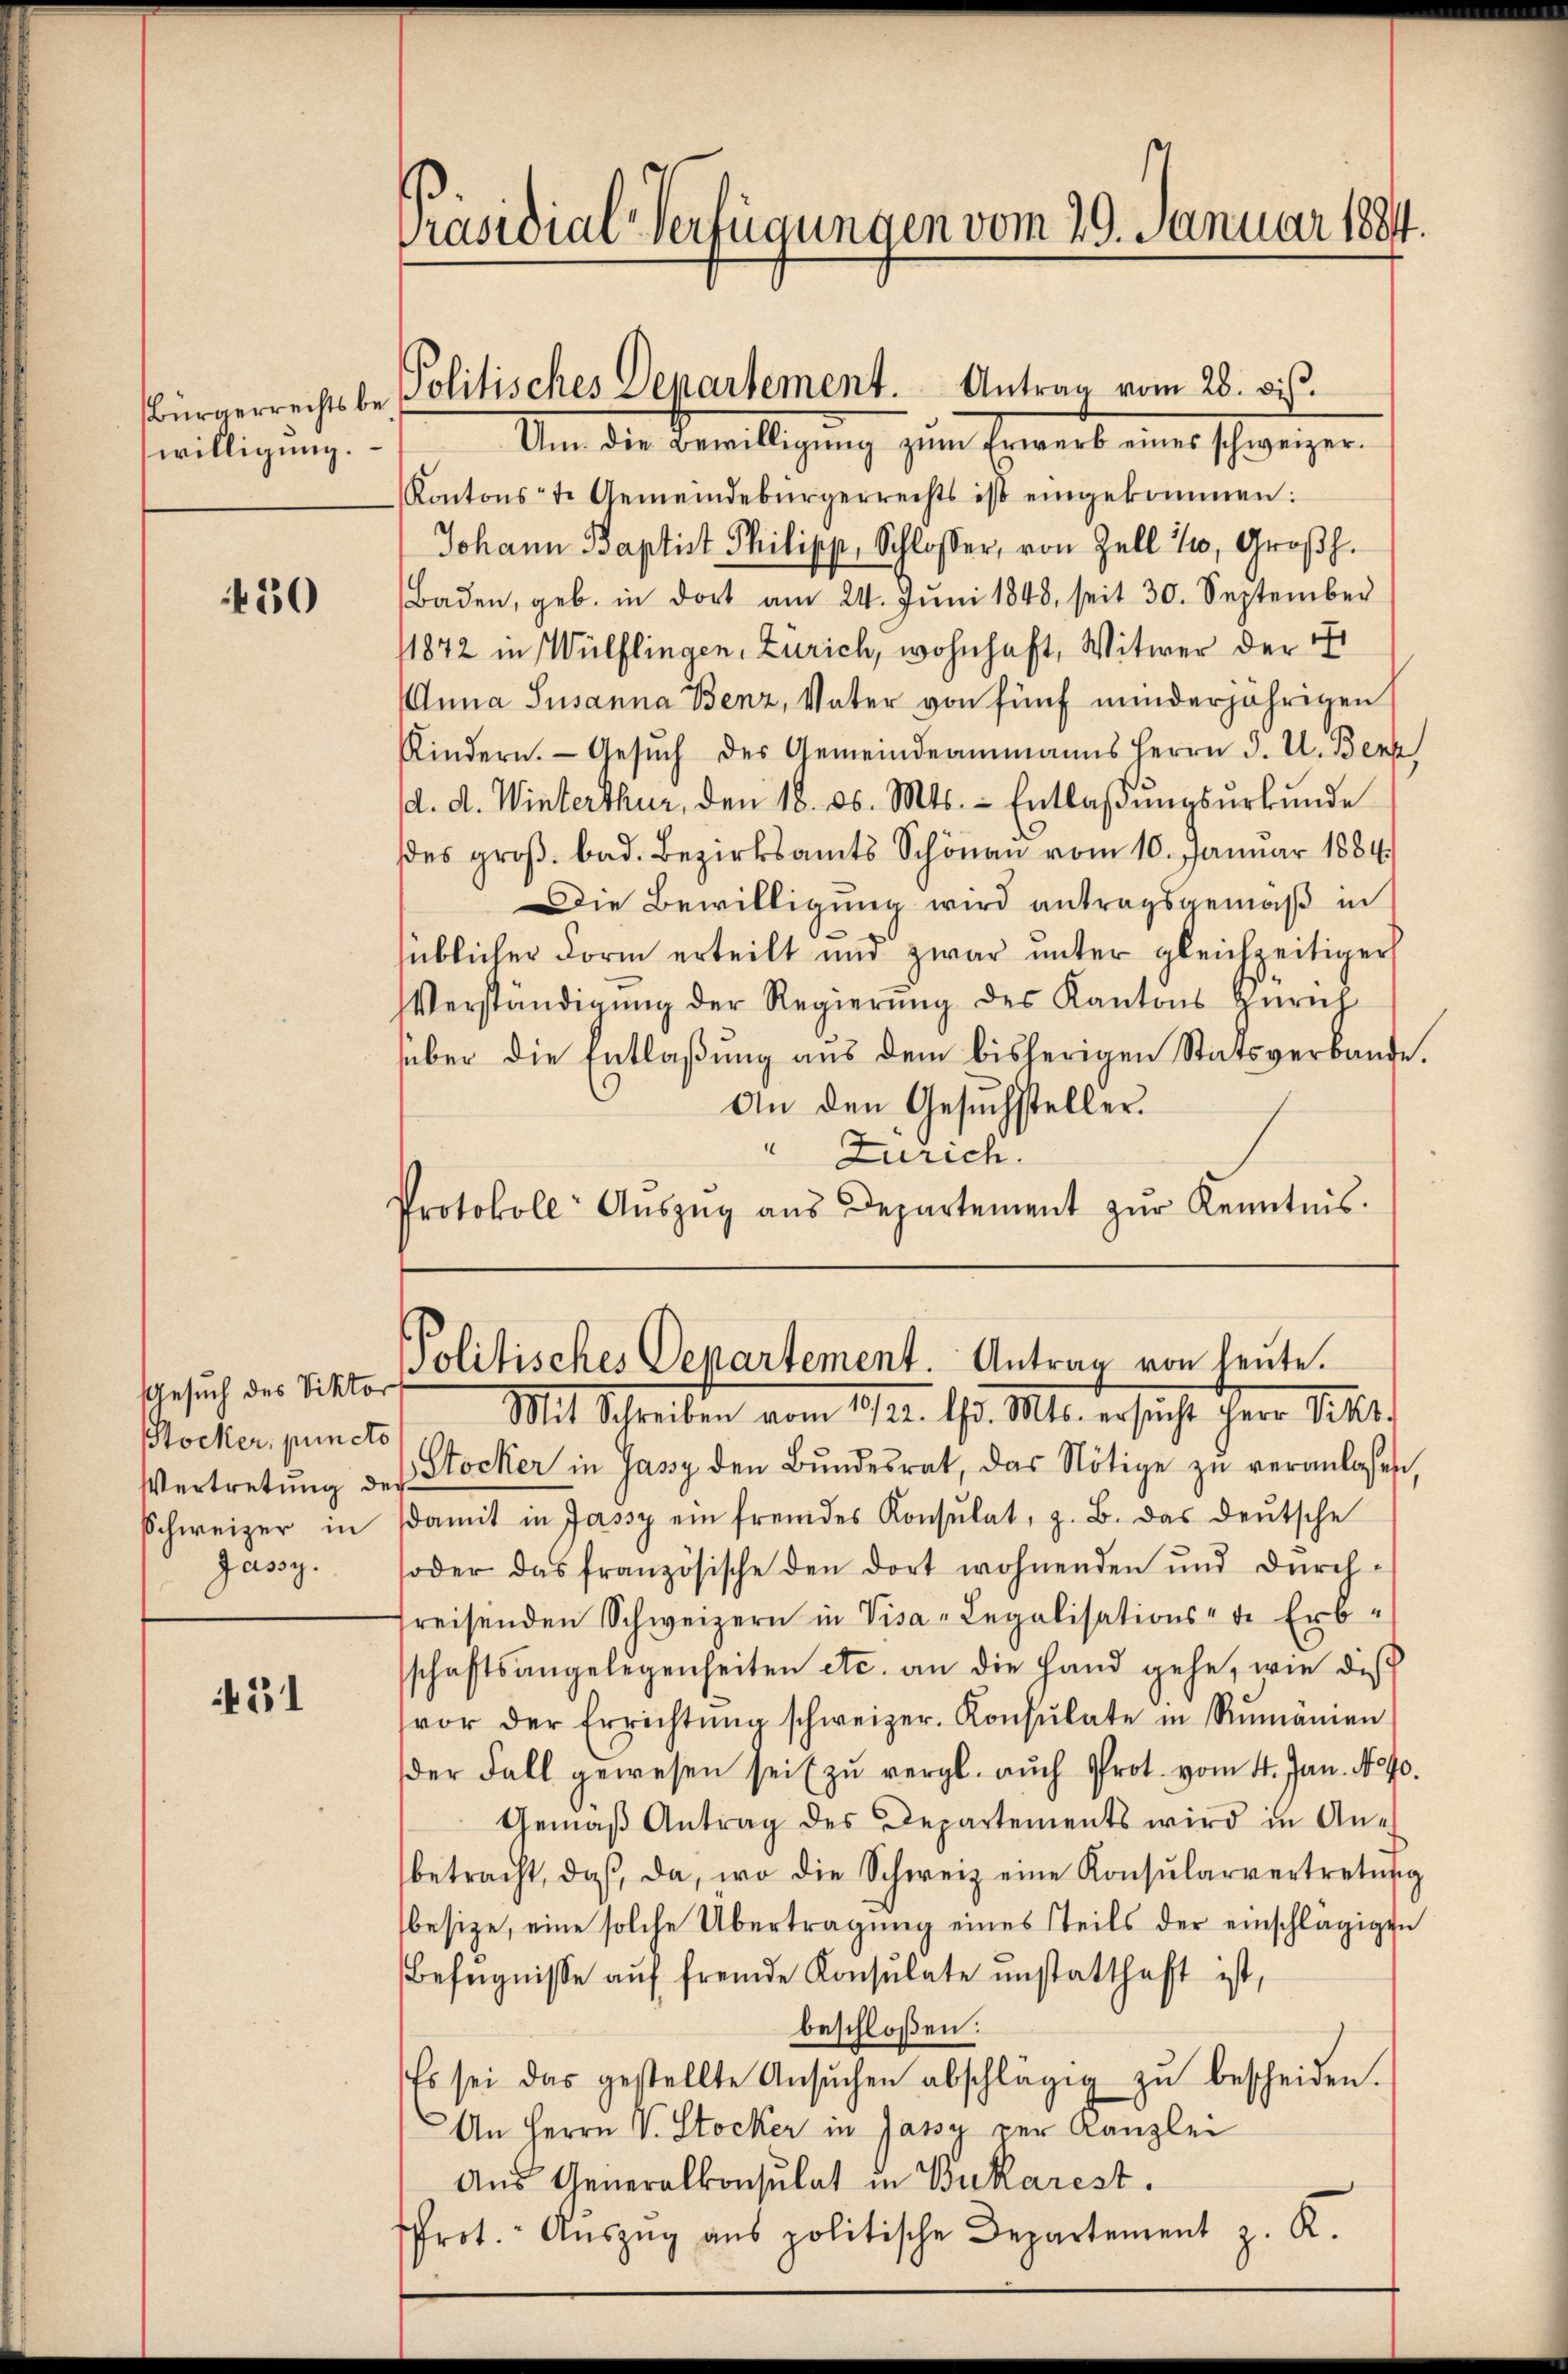
willigung.

50

Gesuch des Viktor
Stocker, puncto
Schweizer in
Jassy.

431

Präsidial-Verfügungen vom 29. Januar 1884

Bürgerrechtsbe Politisches Departement. Antrag vom 28. bis

Um die Bewilligung zum Erwarb eines schweizer¬
Kantonst. Gemeindebürgerrechts ist eingekommen:
Johann Baptist Philipp, Schlosser, von Zell 10, Großh.
Baden, geb. in dort am 24. Jŭni 1848, seit 30. September
11872 in Wülflingen, Zürich, wohnhaft, Witwer der 17
Anna Susanna Benz, Vater von fünf minderjährigen
Kindern. Gesŭch des Gemeindeammanns Herrn J. U. Benk
d. d. Winterthur, den 18. ds. Mts. - Entlaβŭngsŭrkŭnde
des groβ bad. Bezirksamts Schönau vom 10. Januar 1884
Die Bewilligung wird antragsgemäß in
süblicher Form erteilt und zwar unter gleichzeitiger
VVerständigŭng der Regierŭng des Kantons Zürich
über die Entlaßung aus dem bisherigen Statsverbande.
An den Gesuchsteller.
" Zürich.
Protokoll- Aŭszŭg aŭs Departement zŭr Kenntnis.

Politisches Departement. Antrag von heute.
Mit Schreiben vom 12. d. Mts. ersicht herr Mitth

Vertretŭng des Stocker in Jassy den Bŭndesrat, das Nötige zŭ veranlassen,
damit in Jassy ein fremdes Konsŭlat, z. B. das deŭtsche
soder das französische den dort wohnenden und durch-
freisenden Schweizern in Visa - Legalisations-te Erb-
schaftsangelegenheiten etc. an die Hand gehe, wie dis
vor der Errichtŭng schweizer. Konsŭlate in Rumänien
der Fall gewesen seit zŭ vergl. auch Prot. vom 4. Jan. No 40.
Gemäβ Antrag des Departements wird in An-
betracht, daβ da, wo die Schweiz eine Konsŭlarvertretŭng
besize, eine solche Übertragung eines steils der einschlägigen
Befugnisse auf fremde Konsulate unstatthaft ist,
beschloßen:
Es sei das gestellte Ansŭchen abschlägig zŭ bescheiden.
An Herrn V. Stocker in Jassy zur Kanzlei
Aus Generalkonsulat in Bukarest.
ffrot. Aŭszŭg ans politische Departement z. K.